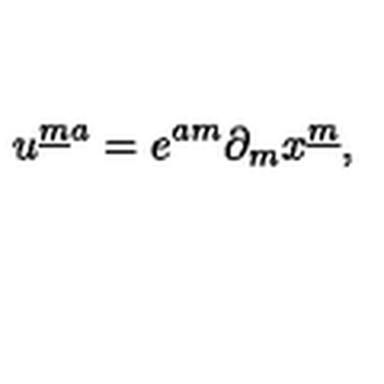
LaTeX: u ^ { { \underline { m } } a } = e ^ { a m } \partial _ { m } x ^ { \underline { m } } ,